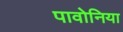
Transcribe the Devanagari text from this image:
पावोनिया